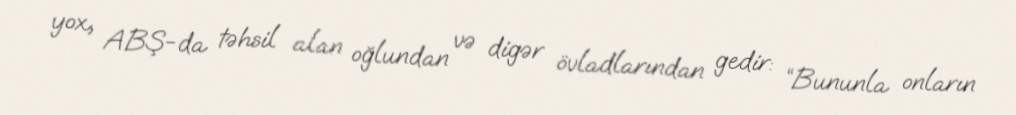
yox, ABŞ-da təhsil alan oğlundan və digər övladlarından gedir: “Bununla onların